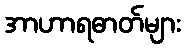
အာဟာရဓာတ်များ